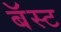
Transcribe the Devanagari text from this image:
बॅस्ट